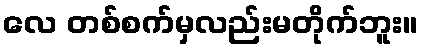
လေ တစ်စက်မှလည်းမတိုက်ဘူး။